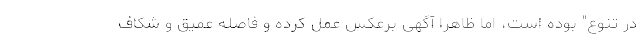
در تنوع" بوده است، اما ظاهرا آگهی برعکس عمل کرده و فاصله عمیق و شکاف